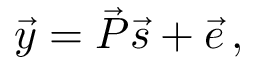
\vec { y } = \vec { P } \vec { s } + \vec { e } \, ,